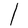
Character: I